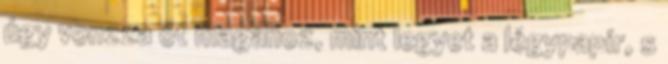
úgy vonzza őt magához, mint legyet a légypapír, s